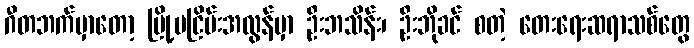
ဂီတဘက်မှာတော့ မြို့မငြိမ်းအလွန်မှာ ဦးဘသိန်း၊ ဦးဘိုခင် စတဲ့ တေးရေးဆရာသစ်တွေ